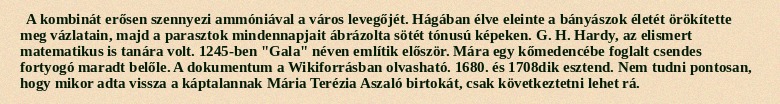
A kombinát erősen szennyezi ammóniával a város levegőjét. Hágában élve eleinte a bányászok életét örökítette meg vázlatain, majd a parasztok mindennapjait ábrázolta sötét tónusú képeken. G. H. Hardy, az elismert matematikus is tanára volt. 1245-ben "Gala" néven említik először. Mára egy kőmedencébe foglalt csendes fortyogó maradt belőle. A dokumentum a Wikiforrásban olvasható. 1680. és 1708dik esztend. Nem tudni pontosan, hogy mikor adta vissza a káptalannak Mária Terézia Aszaló birtokát, csak következtetni lehet rá.